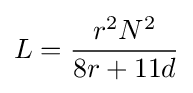
L={\frac {r^{2}N^{2}}{8r+11d}}